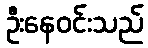
ဦးနေဝင်းသည်